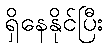
ရှိနေနိုင်ပြီး